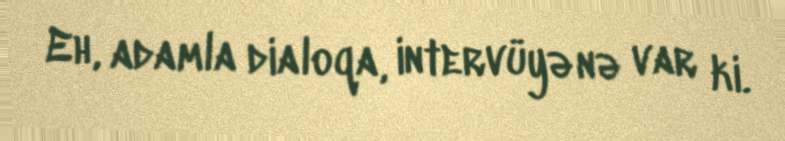
Eh, adamla dialoqa, intervüyə nə var ki.